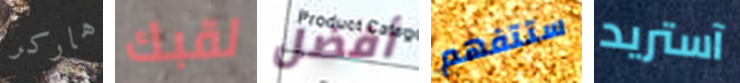
هاركر لقبك أفضل ستتفهم آستريد